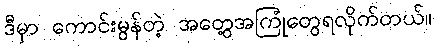
ဒီမှာ ကောင်းမွန်တဲ့ အတွေ့အကြုံတွေရလိုက်တယ်။